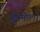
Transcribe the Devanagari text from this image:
सु़षमाला